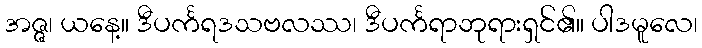
အဇ္ဇ၊ ယနေ့။ ဒီပင်္ကရဒသဗလဿ၊ ဒီပင်္ကရာဘုရားရှင်၏။ ပါဒမူလေ၊